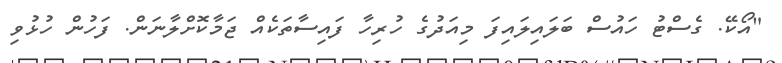
"އޯކޭ. ގެސްޓު ހައުސް ބަލައިލައިފަ މިއަދުގެ ހުރިހާ ފައިސާތަކެއް ޖަމާކޮށްލާނަން. ފަހުން ހުޅުވި